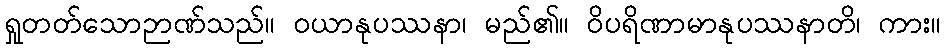
ရှုတတ်သောဉာဏ်သည်။ ဝယာနုပဿနာ၊ မည်၏။ ဝိပရိဏာမာနုပဿနာတိ၊ ကား။